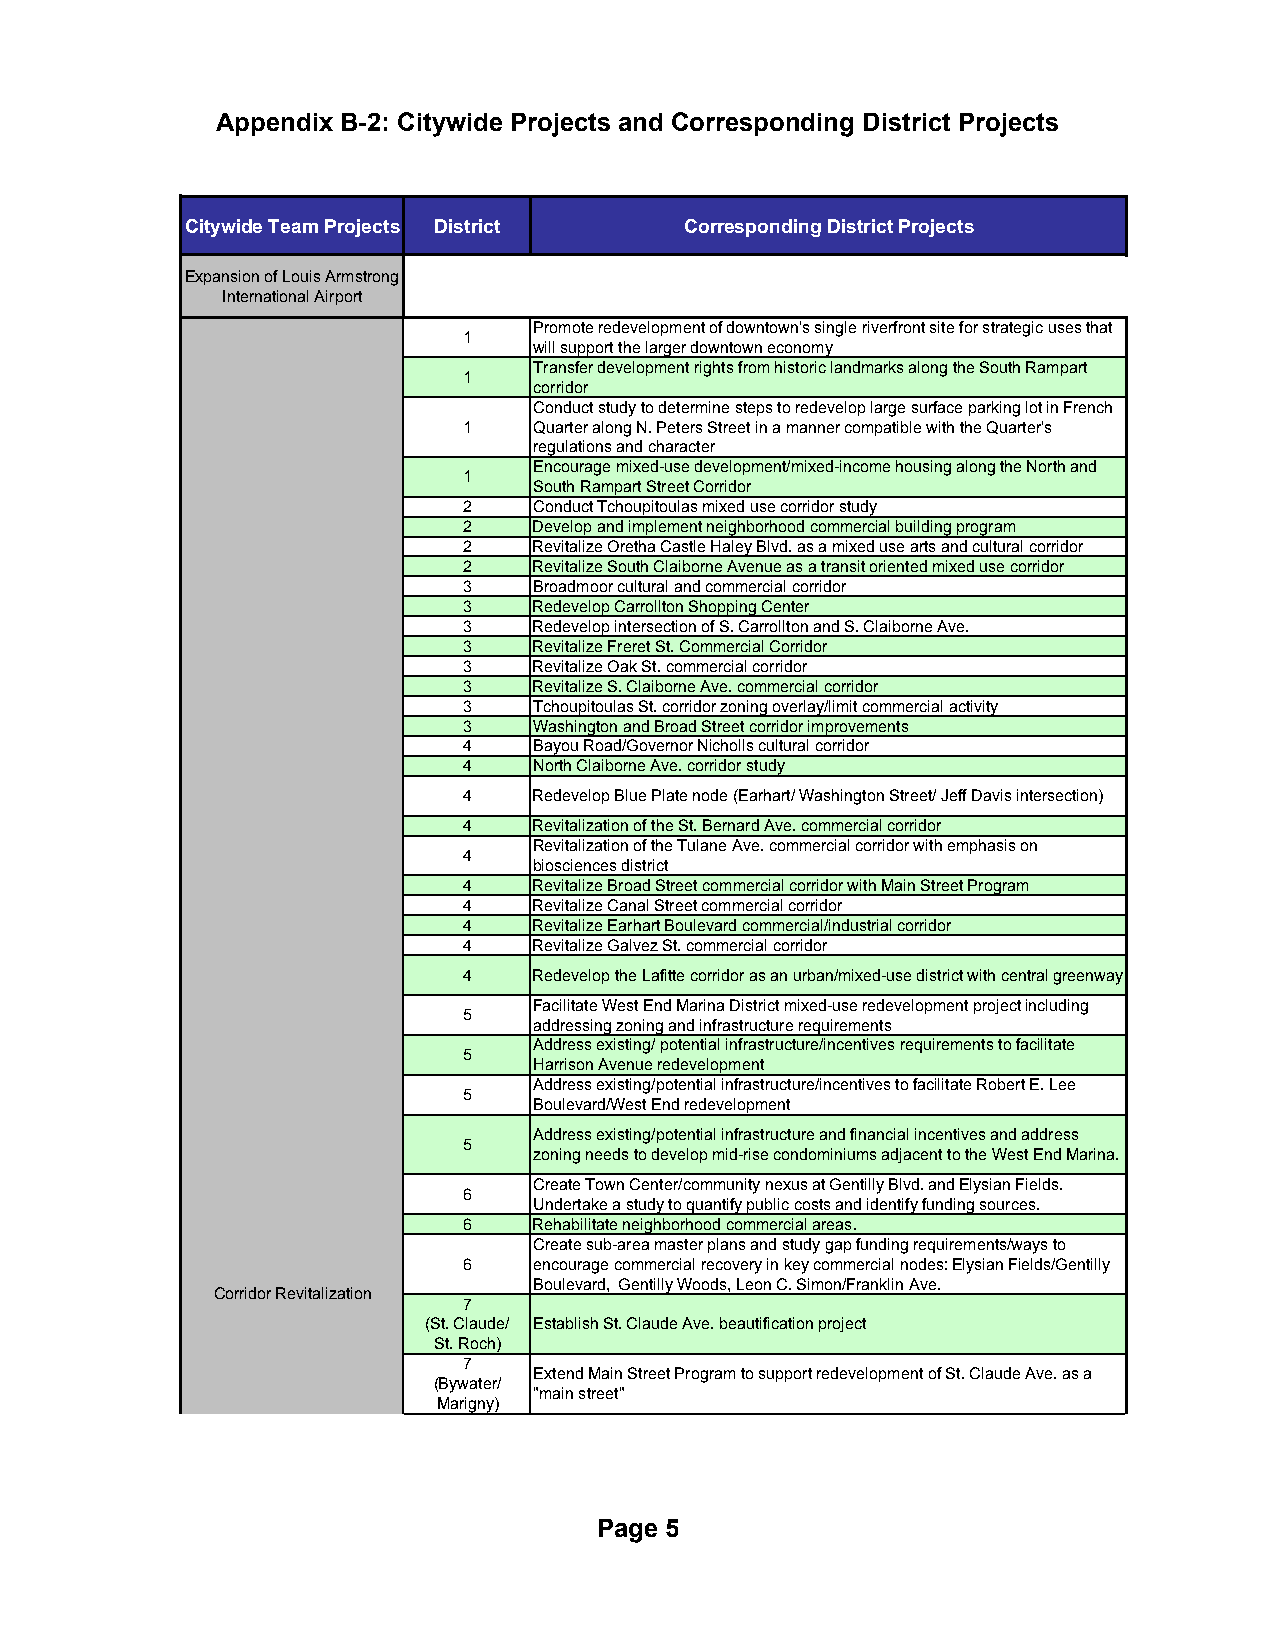
Appendix B-2: Citywide Projects and Corresponding District Projects
 Citywide Team Projects District  Corresponding District Projects
 Expansion of Louis Armstrong
 International Airport
 Promote redevelopment of downtown's single riverfront site for strategic uses that
 1
 will support the larger downtown economy
 Transfer development rights from historic landmarks along the South Rampart
 1
 corridor
 Conduct study to determine steps to redevelop large surface parking lot in French
 1   Quarter along N. Peters Street in a manner compatible with the Quarter's
 regulations and character
 Encourage mixed-use development/mixed-income housing along the North and
 1
 South Rampart Street Corridor
 2   Conduct Tchoupitoulas mixed use corridor study
 2   Develop and implement neighborhood commercial building program
 2   Revitalize Oretha Castle Haley Blvd. as a mixed use arts and cultural corridor
 2   Revitalize South Claiborne Avenue as a transit oriented mixed use corridor
 3   Broadmoor cultural and commercial corridor
 3   Redevelop Carrollton Shopping Center
 3   Redevelop intersection of S. Carrollton and S. Claiborne Ave.
 3   Revitalize Freret St. Commercial Corridor
 3   Revitalize Oak St. commercial corridor
 3   Revitalize S. Claiborne Ave. commercial corridor
 3   Tchoupitoulas St. corridor zoning overlay/limit commercial activity
 3   Washington and Broad Street corridor improvements
 4   Bayou Road/Governor Nicholls cultural corridor
 4   North Claiborne Ave. corridor study
 4   Redevelop Blue Plate node (Earhart/ Washington Street/ Jeff Davis intersection)
 4   Revitalization of the St. Bernard Ave. commercial corridor
 Revitalization of the Tulane Ave. commercial corridor with emphasis on
 4
 biosciences district
 4   Revitalize Broad Street commercial corridor with Main Street Program
 4   Revitalize Canal Street commercial corridor
 4   Revitalize Earhart Boulevard commercial/industrial corridor
 4   Revitalize Galvez St. commercial corridor
 4   Redevelop the Lafitte corridor as an urban/mixed-use district with central greenway
 Facilitate West End Marina District mixed-use redevelopment project including
 5
 addressing zoning and infrastructure requirements
 Address existing/ potential infrastructure/incentives requirements to facilitate
 5
 Harrison Avenue redevelopment
 Address existing/potential infrastructure/incentives to facilitate Robert E. Lee
 5
 Boulevard/West End redevelopment
 Address existing/potential infrastructure and financial incentives and address
 5
 zoning needs to develop mid-rise condominiums adjacent to the West End Marina.
 Create Town Center/community nexus at Gentilly Blvd. and Elysian Fields.
 6
 Undertake a study to quantify public costs and identify funding sources.
 6   Rehabilitate neighborhood commercial areas.
 Create sub-area master plans and study gap funding requirements/ways to
 6   encourage commercial recovery in key commercial nodes: Elysian Fields/Gentilly
 Boulevard, Gentilly Woods, Leon C. Simon/Franklin Ave.
 Corridor Revitalization
 7
 (St. Claude/ Establish St. Claude Ave. beautification project
 St. Roch)
 7
 Extend Main Street Program to support redevelopment of St. Claude Ave. as a
 (Bywater/
 "main street"
 Marigny)
 Page 5